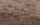
المهام